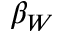
\beta _ { W }